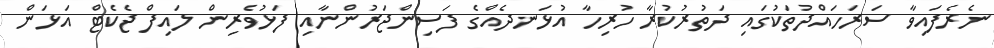
ނެރެފައިވާ ސަރަހައްދުތަކުގައި ދަތުރުކުރާ ހުރިހާ އުޅަނދެއްގެ ފަސިންޖަރުންނާއި ފަޅުވެރިން ލައިފް ޖެކެޓް އަޅަން